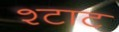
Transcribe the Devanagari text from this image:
श्टाट